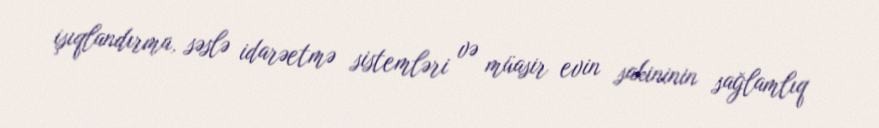
işıqlandırma, səslə idarəetmə sistemləri və müasir evin sakininin sağlamlıq